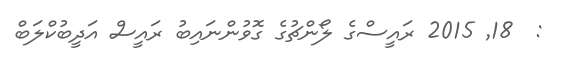
:  18